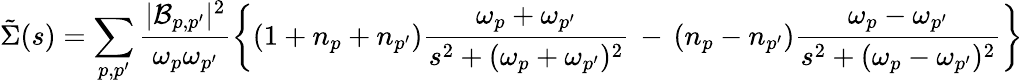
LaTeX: \tilde{\Sigma}(s)=\sum_{p,p^{\prime}}\frac{|{\cal B}_{p,p^{\prime}}|^{2}}{\omega_{p}\omega_{p^{\prime}}}\left\{ (1+n_{p}+n_{p^{\prime}})\frac{\omega_{p}+\omega_{p^{\prime}}}{s^{2}+(\omega_{p}+\omega_{p^{\prime}})^{2}}\, -\, (n_{p}-n_{p^{\prime}})\frac{\omega_{p}-\omega_{p^{\prime}}}{s^{2}+(\omega_{p}-\omega_{p^{\prime}})^{2}}\right\}